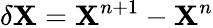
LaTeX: \mathbf{\delta X}=\mathbf{X}^{n+1}-\mathbf{X}^{n}